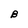
Character: B